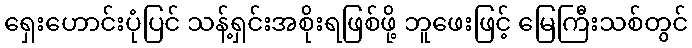
ရှေးဟောင်းပုံပြင် သန့်ရှင်းအစိုးရဖြစ်ဖို့ ဘူဖေးဖြင့် မြေကြီးသစ်တွင်